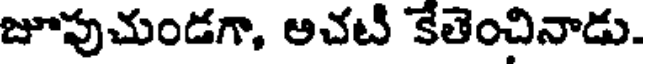
జూపుచుండగా, అచటి కేతెంచినాడు.